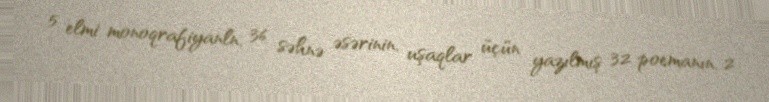
5 elmi monoqrafiyanln, 36 səhnə əsərinin, uşaqlar üçün yazılmış 32 poemanın, 2